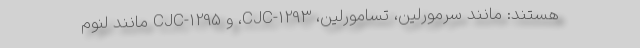
هستند: مانند سرمورلین، تسامورلین، CJC-1293، و CJC-1295 مانند لنوم